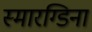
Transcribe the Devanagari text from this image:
स्मारग्डिना